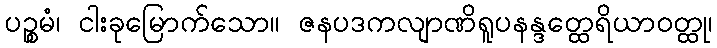
ပဉ္စမံ၊ ငါးခုမြောက်သော။ ဇနပဒကလျာဏိရူပနန္ဒတ္ထေရိယာဝတ္ထု၊